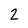
Character: 2